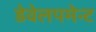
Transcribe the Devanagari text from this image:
डेवेलपमेन्ट